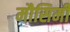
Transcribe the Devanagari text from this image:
मौसिमी